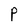
Character: P